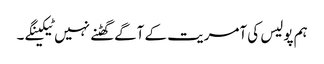
ہم پولیس کی آمریت کے آگے گھٹنے نہیں ٹیکینگے ۔